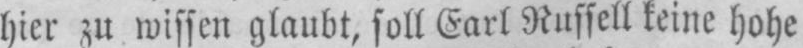
hier zu wissen glaubt, soll Earl Russel seine hohe